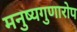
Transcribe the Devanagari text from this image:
मनुष्यगुणारोप